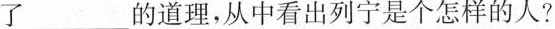
_______的道理，从中看出列宁是个怎样的人？